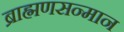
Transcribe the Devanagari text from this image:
ब्राह्मणसन्मान